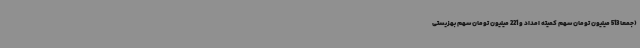
(جمعاً 513 میلیون تومان سهم کمیته امداد و 221 میلیون تومان سهم بهزیستی